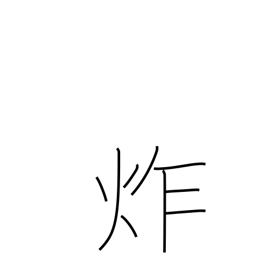
Meaning: frying